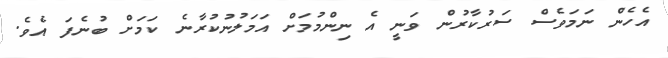
އެހެން ނަމަވެސް ސަރުކާރުން ވަނީ އެ ނިންމުމަށް އަމަލުނުކުރާނެ ކަމަށް ބުނެފަ އެވެ.